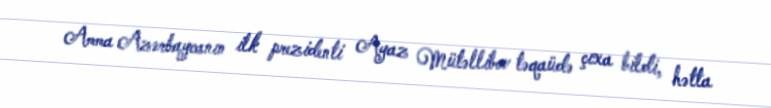
Amma Azərbaycanın ilk prezidenti Ayaz Mütəllibov təqaüdə çıxa bildi, hətta